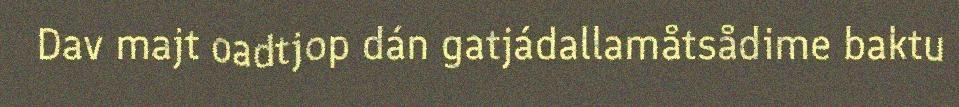
Dav majt oadtjop dán gatjádallamåtsådime baktu